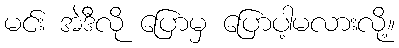
မင်း အဲဒီလို ပြောမှ ပြောပါ့မလားလို့။